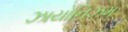
ઝાયોનિઝમ